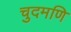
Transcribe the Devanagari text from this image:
चुदमणि